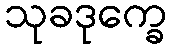
သုခဒုက္ခေ